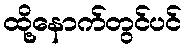
ထို့နောက်တွင်ပင်